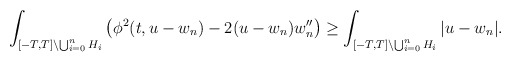
\begin{align*}\int_{[-T, T] \setminus \bigcup_{i=0}^n H_i} \left(\phi^2 (t, u -w_n) - 2(u -w_n) w_n''\right) \geq \int_{[-T, T] \setminus \bigcup_{i=0}^n H_i} |u -w_n|.\end{align*}